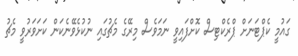
ގައުމީ ކެޕްޓަނަށް ޕްރެކްޓިސް ކޮށްފައިވީ ނަމަވެސް މިރޭގެ މެޗުގައި ނުކުޅެވޭނެކަން ކަށަވަރުވީ މެޗު